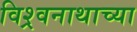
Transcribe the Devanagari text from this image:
विश्र्वनाथाच्या